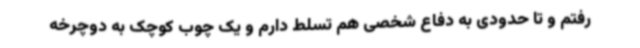
رفتم و تا حدودی به دفاع شخصی هم تسلط دارم و یک چوب کوچک به دوچرخه